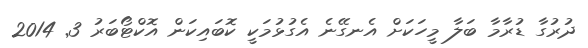
ދުރުގާ ޑުރާމާ ބަލާ މީހަކަށް އެނގޭނެ އެގުޅުމަކީ ކޮބައިކަން އޮކްޓޯބަރު 3